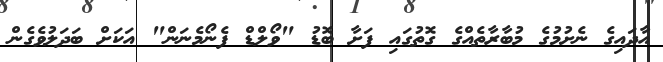
އާދައިގެ ނެށުމުގެ މުބާރާތެއްގެ ގޮތުގައި ފަށާ ބޮޑު "ވޯލްޑް ފެނޯމެނަން" އަކަށް ބަދަލުވެގެން